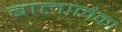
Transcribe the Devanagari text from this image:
बालालैका